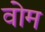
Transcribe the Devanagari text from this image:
वोम